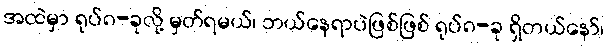
အထဲမှာ ရုပ်၈-ခုလို့ မှတ်ရမယ်၊ ဘယ်နေရာပဲဖြစ်ဖြစ် ရုပ်၈-ခု ရှိတယ်နော်၊